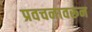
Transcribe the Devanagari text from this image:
प्रवचनावरून